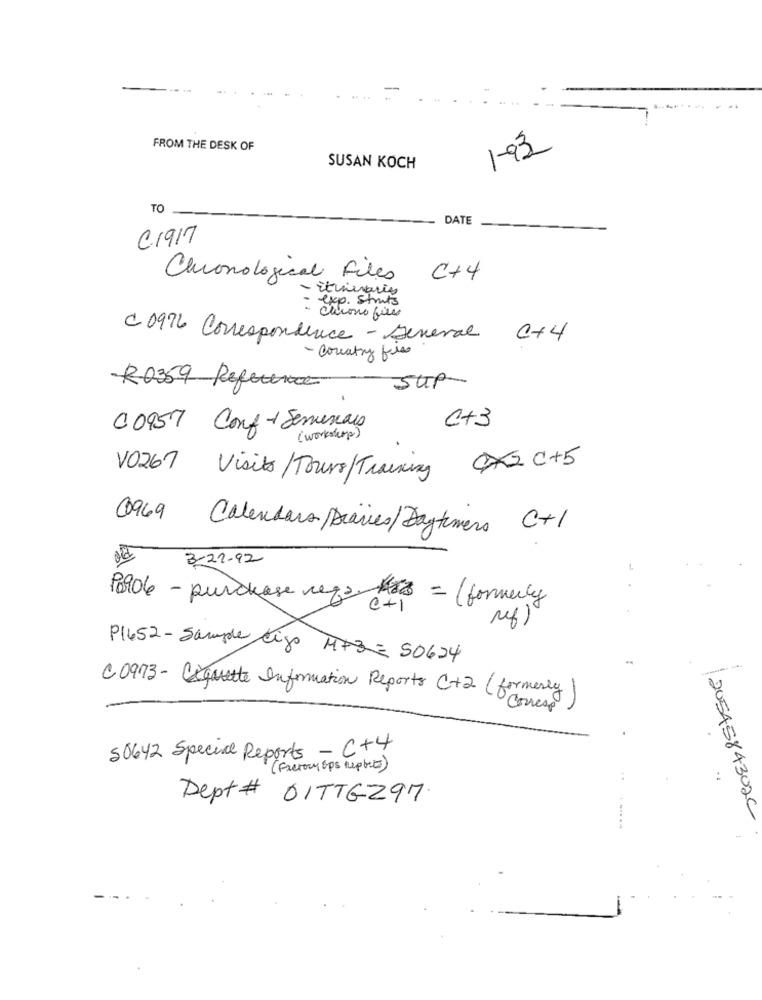
FROM THE DESK OF
1-93
SUSAN KOCH
TO
DATE
C 1917
Chronological Files
C+4
Ethieraris
exp. Struts
- chrono files
C 0976 Correspondence - General C+4
- country fils
Sup
R-0359 Referera
C+3
00957 Conf-Seminars
( workshop )
OX2 C +5
V0267 Visits / Tours /Training
0969
Calendars/Diaries/Dagtimers C+1
3-21-92
1906 - purchase regs os = (formerly
P1652 - Sample Ligo MP3 E 50624
C0973- Coquette Information Reports C+2 (formerly)
50642 Special Reports - C+4
( Factory ops Replies)
Dept # 01TT6297
2054584302C